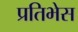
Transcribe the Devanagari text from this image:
प्रतिभेस